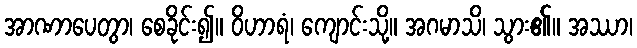
အာဏာပေတွာ၊ စေခိုင်း၍။ ဝိဟာရံ၊ ကျောင်းသို့။ အဂမာသိ၊ သွား၏။ အဿာ၊